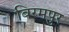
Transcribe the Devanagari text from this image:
बिरमपुर